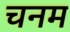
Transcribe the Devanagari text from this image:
चनम